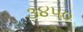
૩૪૫૦